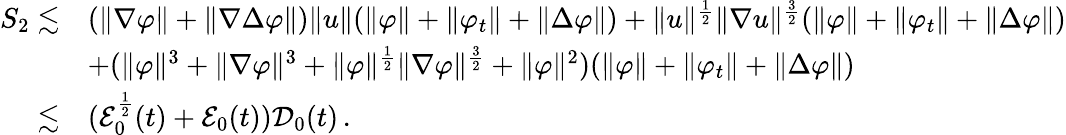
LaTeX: \begin{array}{rl}{S_{2}\lesssim}&{(\| \nabla\varphi\| +\| \nabla\Delta\varphi\| )\| u\| (\| \varphi\| +\| \varphi_{t}\| +\| \Delta\varphi\| )+\| u\| ^{\frac{1}{2}}\| \nabla u\| ^{\frac{3}{2}}(\| \varphi\| +\| \varphi_{t}\| +\| \Delta\varphi\| )}\\ &{+(\| \varphi\| ^{3}+\| \nabla\varphi\| ^{3}+\| \varphi\| ^{\frac{1}{2}}\| \nabla\varphi\| ^{\frac{3}{2}}+\| \varphi\| ^{2})(\| \varphi\| +\| \varphi_{t}\| +\| \Delta\varphi\| )}\\ {\lesssim}&{(\mathcal{E}_{0}^{\frac{1}{2}}(t)+\mathcal{E}_{0}(t))\mathcal{D}_{0}(t)\, .}\end{array}